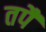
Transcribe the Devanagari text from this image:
तपै